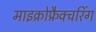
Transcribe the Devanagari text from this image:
माइक्रोफ्रैक्चरिंग